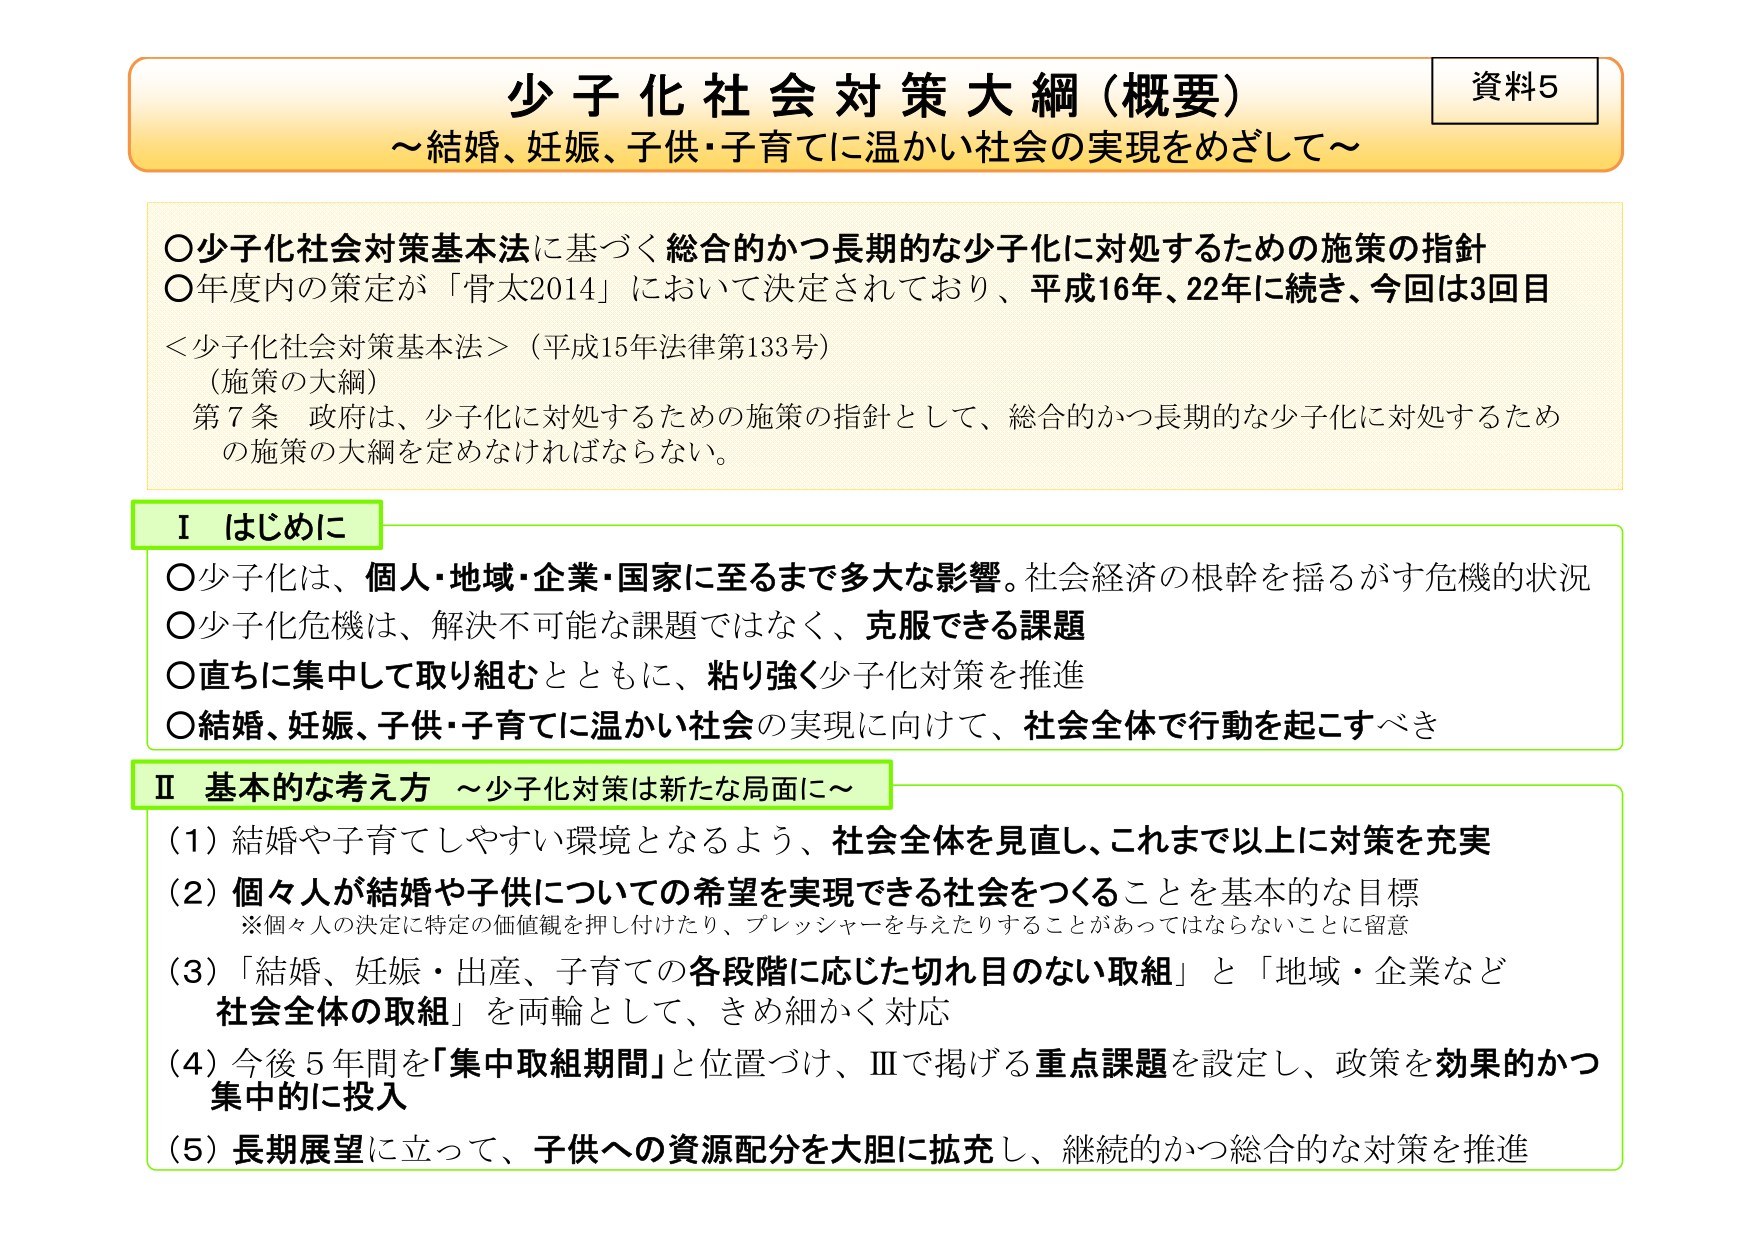
資料5
少子化社会対策大綱（概要）
～結婚、妊娠、子供・子育てに温かい社会の実現をめざして～

○少子化社会対策基本法に基づく総合的かつ長期的な少子化に対処するための施策の指針
○年度内の策定が「骨太2014」において決定されており、平成16年、22年に続き、今回は3回目

＜少子化社会対策基本法＞（平成15年法律第133号）
（施策の大綱）
第7条 政府は、少子化に対処するための施策の指針として、総合的かつ長期的な少子化に対処するための施策の大綱を定めなければならない。

Ⅰ はじめに
○少子化は、個人・地域・企業・国家に至るまで多大な影響。社会経済の根幹を揺るがす危機的状況
○少子化危機は、解決不可能な課題ではなく、克服できる課題
○直ちに集中して取り組むとともに、粘り強く少子化対策を推進
○結婚、妊娠、子供・子育てに温かい社会の実現に向けて、社会全体で行動を起こすべき

Ⅱ 基本的な考え方 ～少子化対策は新たな局面に～
（1）結婚や子育てしやすい環境となるよう、社会全体を見直し、これまで以上に対策を充実
（2）個々人が結婚や子供についての希望を実現できる社会をつくることを基本的な目標
　※個々人の決定に特定の価値観を押し付けたり、プレッシャーを与えたりすることがあってはならないことに留意
（3）「結婚、妊娠・出産、子育ての各段階に応じた切れ目のない取組」と「地域・企業など社会全体の取組」を両輪として、きめ細かく対応
（4）今後5年間を「集中取組期間」と位置づけ、Ⅲで掲げる重点課題を設定し、政策を効果的かつ集中的に投入
（5）長期展望に立って、子供への資源配分を大胆に拡充し、継続的かつ総合的な対策を推進